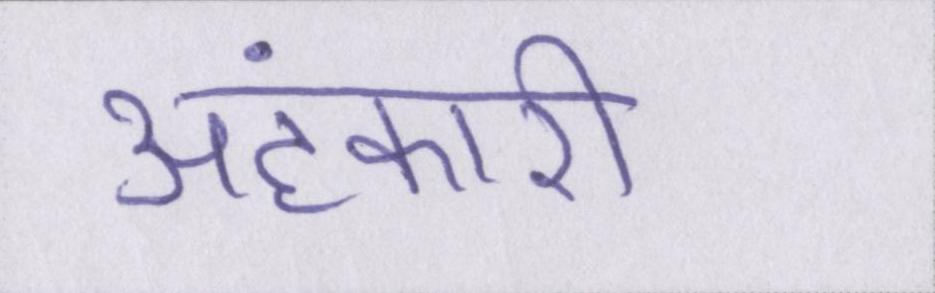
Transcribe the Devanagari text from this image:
अहंकारी